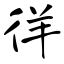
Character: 徉